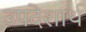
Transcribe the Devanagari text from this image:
उपदेशार्थ